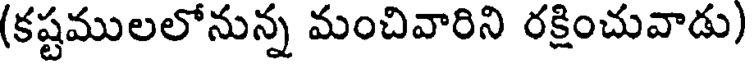
(కష్టములలోనున్న మంచివారిని రక్షించువాడు)